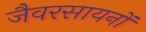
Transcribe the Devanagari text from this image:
जैवरसायनों